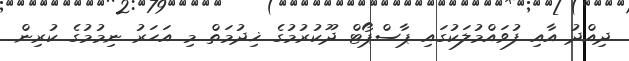
ދިއްދު އާއި ފުވައްމުލަކުގައި ޕާސްޕޯޓް ދޫކުރުމުގެ ޚިދުމަތް މި އަހަރު ނިމުމުގެ ކުރިން